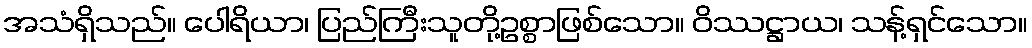
အသံရှိသည်။ ပေါရိယာ၊ ပြည်ကြီးသူတို့ဥစ္စာဖြစ်သော။ ဝိဿဋ္ဌာယ၊ သန့်ရှင်သော။